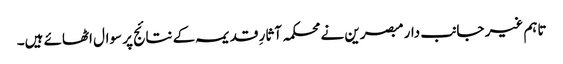
تاہم غیر جانب دار مبصرین نے محکمہ آثارِ قدیمہ کے نتائج پر سوال اٹھائے ہیں۔